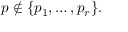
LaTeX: p \notin \{ p _ { 1 } , \ldots , p _ { r } \} .